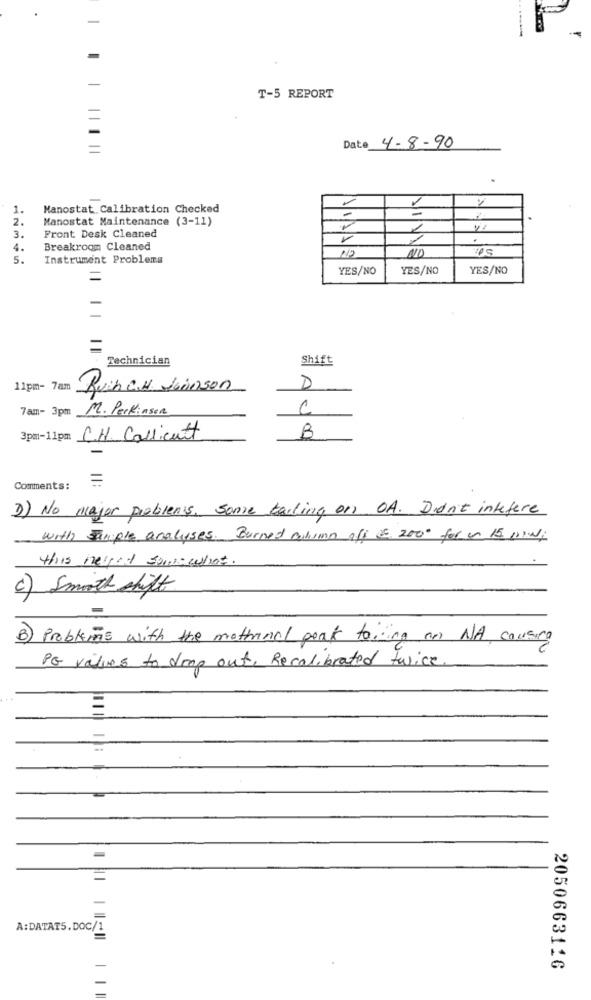
-
T-5 REPORT
=
Date 4-8-90
.
1
1.
Manostat. Calibration Checked
2 .
Manostat Maintenance (3-11)
-
3.
Front Desk Cleaned
4.
Breakroom Cleaned
NO
NOVAS
NO
5.
Instrument Problems
YES/NO
YES/NO
YES/NO
=
Technician
Shift
11pm- 7am
Ruchen Joinson
D
7am- 3pm M. PerkinsER
3pm-11pm C.H. Callicutt
B
=
Comments:
3) No major problems. some tailing on OA. Didn't interfere
with sample analyses. Burned column als 2. 2000 for on 15 low,
this nelged somewhat.
c) Smooth shift
B) Problems with the methinal peak to, ing an NA causing
PG values to drop out, Recalibrated twice.
A:DATAT5.DOC/1
2050663126